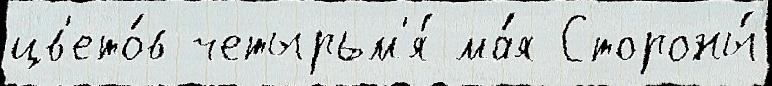
цв'ето́в четырьм'я́ ма́я Стороны́